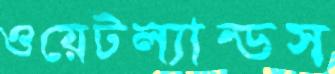
ওয়েটল্যান্ডস